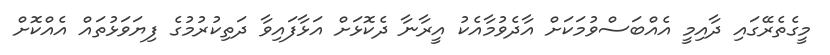
މީގެތެރޭގައި ދާއިމީ އެއްބަސްވުމަކަށް އާދެވުމާއެކު އީރާނާ ދެކޮޅަށް އަޅާފައިވާ ދަތިކުރުމުގެ ފިޔަވަޅުތައް އެއްކޮށް